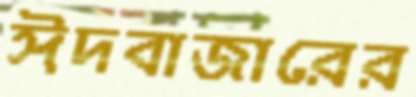
ঈদবাজারের